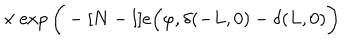
\times \exp \bigg ( - [ N - l ] e \Big ( \varphi , \delta ( - L , 0 ) - \delta ( L , 0 ) \bigg )